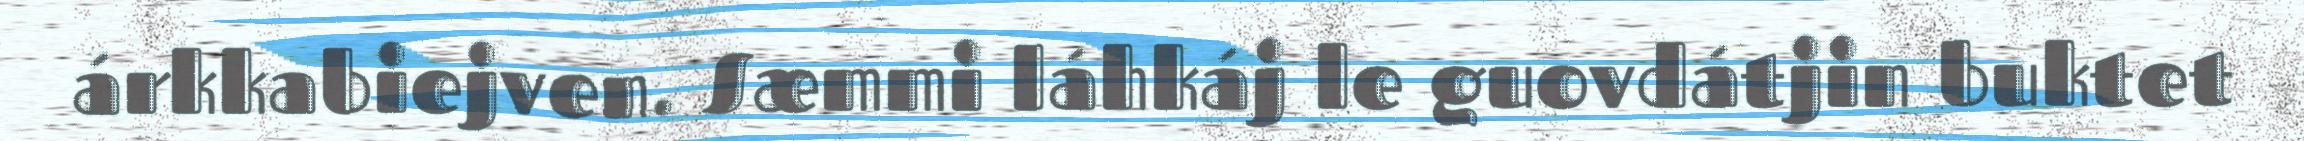
árkkabiejven. Sæmmi láhkáj le guovdátjin buktet